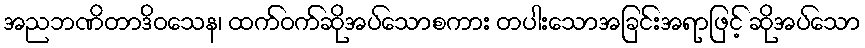
အညဘဏိတာဒိဝသေန၊ ထက်ဝက်ဆိုအပ်သောစကား တပါးသောအခြင်းအရာဖြင့် ဆိုအပ်သော